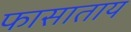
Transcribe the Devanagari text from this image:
फासाताय